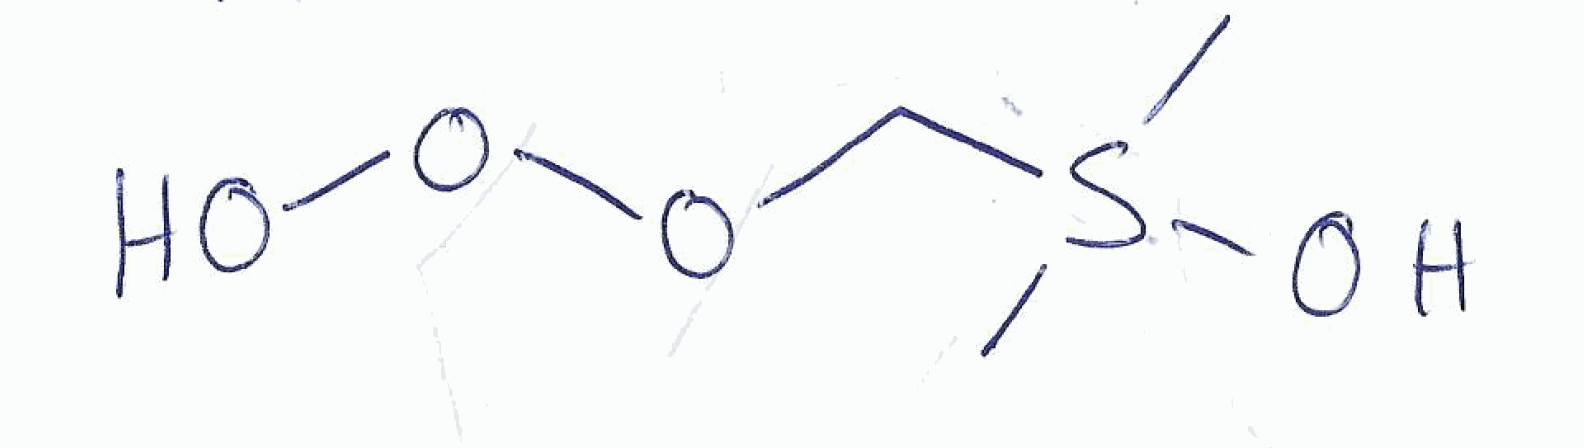
Simplified molecular-input line-entry system (SMILES) notation of the given molecule:
CS(C)(COOO)O